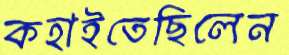
কহাইতেছিলেন